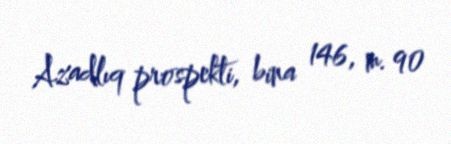
Azadlıq prospekti, bina 146, m. 90